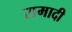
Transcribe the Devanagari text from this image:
रामादी